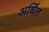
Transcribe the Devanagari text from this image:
अर्धित